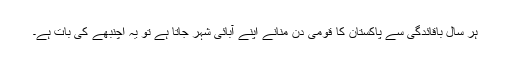
ہر سال باقائدگی سے پاکستان کا قومی دن منانے اپنے آبائی شہر جاتا ہے تو یہ اچنبھے کی بات ہے۔